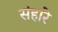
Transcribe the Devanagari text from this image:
संहारे